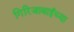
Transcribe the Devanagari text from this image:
गिरिजाबाईंच्या